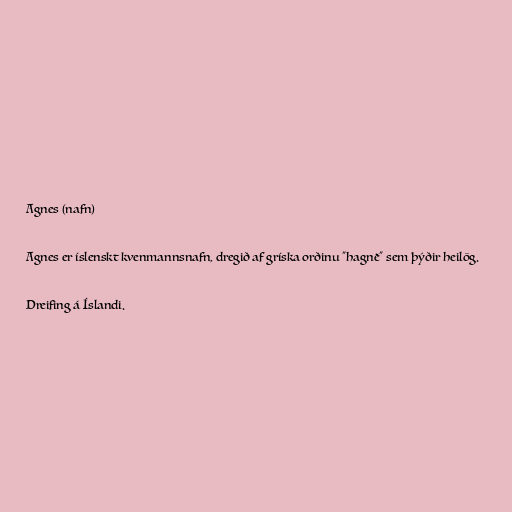
Agnes (nafn)

Agnes er íslenskt kvenmannsnafn, dregið af gríska orðinu "hagnē" sem þýðir heilög.

Dreifing á Íslandi.